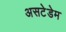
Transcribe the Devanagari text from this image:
असटेडेम